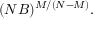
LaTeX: ( N B ) ^ { M / ( N - M ) } .